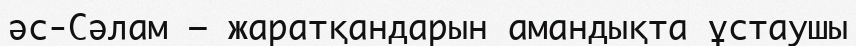
әс-Сәлам – жаратқандарын амандықта ұстаушы